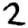
Digit: 2